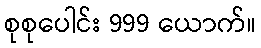
စုစုပေါင်း 999 ယောက်။